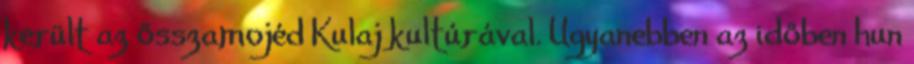
került az ősszamojéd Kulaj kultúrával. Ugyanebben az időben hun